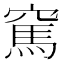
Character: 𥧓